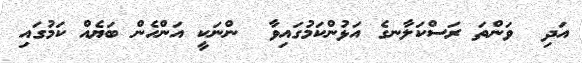
އަދި  ވަންތަ ރަސްކަލާނގެ އަޅުންކަމުގައިވާ  ންނަކީ އަންހެން ބަޔެއް ކަމުގައި